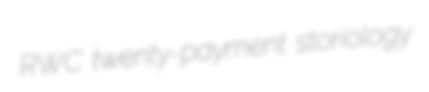
RWC twenty-payment storiology